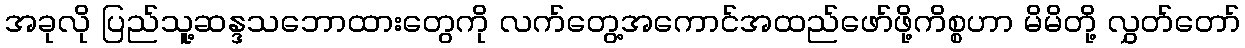
အခုလို ပြည်သူ့ဆန္ဒသဘောထားတွေကို လက်တွေ့အကောင်အထည်ဖော်ဖို့ကိစ္စဟာ မိမိတို့ လွှတ်တော်